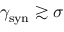
\gamma _ { \mathrm { s y n } } \gtrsim \sigma